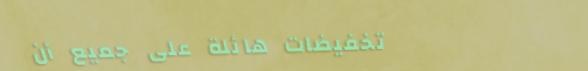
تخفيضات هائلة على جميع أن